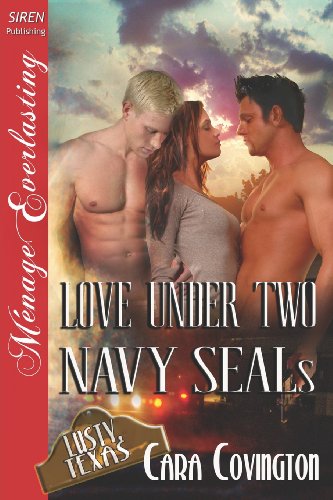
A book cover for Love Under Two Navy Seals [Lusty, Texas 6] (Siren Publishing Menage Everlasting); Cara Covington; Romance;